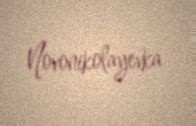
Novonikolayevka